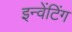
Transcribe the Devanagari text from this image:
इन्वेंटिंग